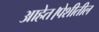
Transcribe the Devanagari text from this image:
आहेत।पेशीतील